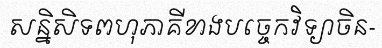
សន្និសិទពហុភាគីខាងបច្ចេកវិទ្យាចិន-